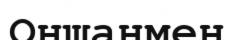
Оншанмен